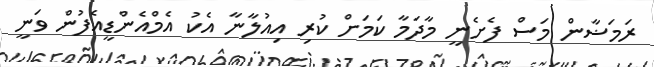
ރަމަޟާން މަސް ފެށެނީ މާދަމާ ކަމަށް ކުރި އިއުލާނާ އެކު އެމްއެންޑީއެފުން ވަނީ